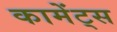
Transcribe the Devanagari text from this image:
कामेंट्स